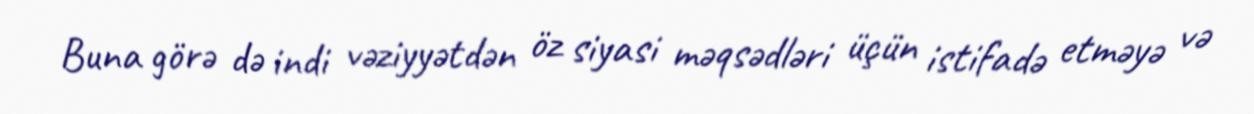
Buna görə də indi vəziyyətdən öz siyasi məqsədləri üçün istifadə etməyə və